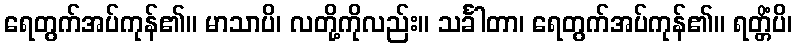
ရေတွက်အပ်ကုန်၏။ မာသာပိ၊ လတို့ကိုလည်း။ သင်္ခါတာ၊ ရေတွက်အပ်ကုန်၏။ ရတ္တိံပိ၊